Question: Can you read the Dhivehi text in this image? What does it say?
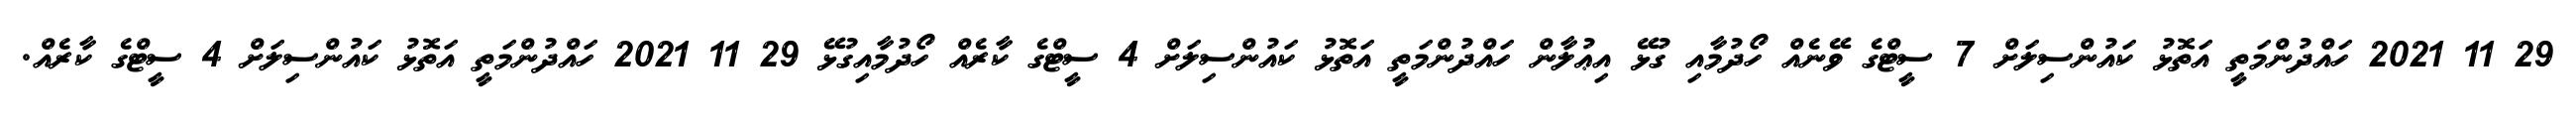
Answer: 29 11 2021 ހައްދުންމަތީ އަތޮޅު ކައުންސިލަށް 7 ސީޓްގެ ވޭނެއް ހޯދުމާއި ގުޅޭ އިޢުލާން ހައްދުންމަތީ އަތޮޅު ކައުންސިލަށް 4 ސީޓްގެ ކާރެއް ހޯދުމާއިގުޅޭ 29 11 2021 ހައްދުންމަތީ އަތޮޅު ކައުންސިލަށް 4 ސީޓްގެ ކާރެއް.